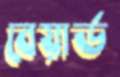
বেয়ার্ড